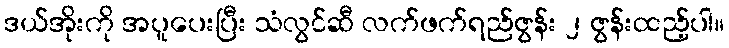
ဒယ်အိုးကို အပူပေးပြီး သံလွင်ဆီ လက်ဖက်ရည်ဇွန်း ၂ ဇွန်းထည့်ပါ။